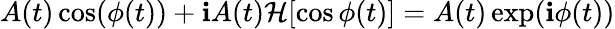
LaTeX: A(t)\cos(\phi(t))+\mathbf{i}A(t)\mathcal{{H}}[\cos\phi(t)]=A(t)\exp(\mathbf{i}\phi(t))